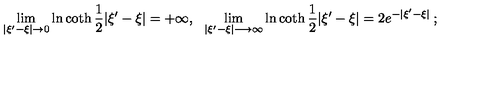
\lim _ { | \xi ^ { \prime } - \xi | \rightarrow 0 } \ln \coth \frac { 1 } { 2 } | \xi ^ { \prime } - \xi | = + \infty , \: \: \: \lim _ { | \xi ^ { \prime } - \xi | \longrightarrow \infty } \ln \coth \frac { 1 } { 2 } | \xi ^ { \prime } - \xi | = 2 e ^ { - | \xi ^ { \prime } - \xi | } \: ;